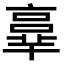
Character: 𠆆